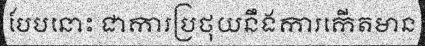
បែបនោះ ជាការប្រថុយនឹងការកើតមាន